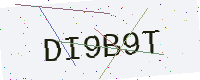
Text: DI9B9T